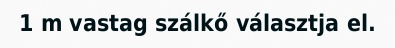
1 m vastag szálkő választja el.